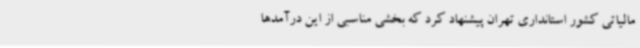
مالیاتی کشور استانداری تهران پیشنهاد کرد که بخشی مناسبی از این درآمدها